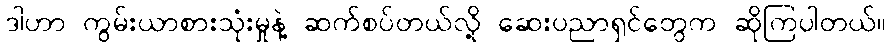
ဒါဟာ ကွမ်းယာစားသုံးမှုနဲ့ ဆက်စပ်တယ်လို့ ဆေးပညာရှင်တွေက ဆိုကြပါတယ်။